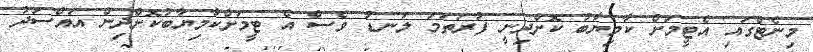
މިނެޓްގައި އެޓީމަށް ކާމިޔާބު ކޮށްދިނީ ފުރަތަމަ ލަނޑު ވެސް އެ ޓީމަށްކާމިޔާބުކޮށްދިން އައްސަދު